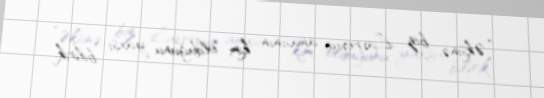
“Əksinə, biz Lavrovun anasının kim olduğunu yaxşı bilirik.